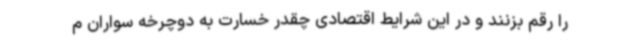
را رقم بزنند و در این شرایط اقتصادی چقدر خسارت به دوچرخه سواران م